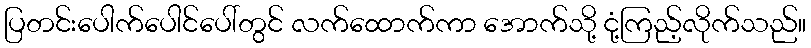
ပြတင်းပေါက်ပေါင်ပေါ်တွင် လက်ထောက်ကာ အောက်သို့ ငုံ့ကြည့်လိုက်သည်။